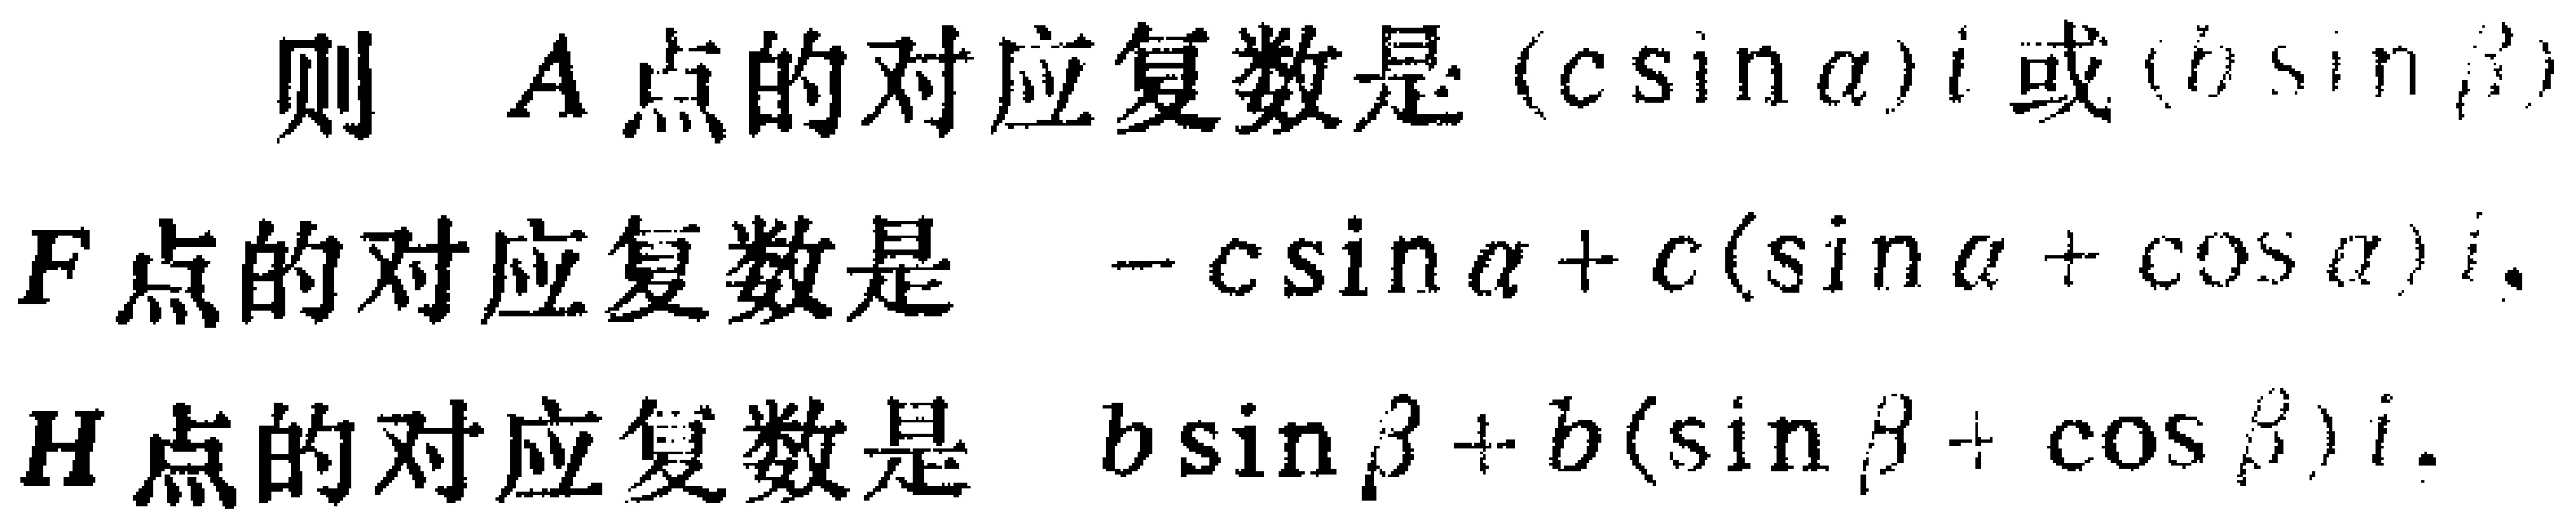
则 \(A\) 点的对应复数是 \((c\sin\alpha)i\) 或 \((b\sin\beta)\)
\(F\) 点的对应复数是 \(-c\sin\alpha + c(\sin\alpha+\cos\alpha)i\).
\(H\) 点的对应复数是 \(b\sin\beta + b(\sin\beta+\cos\beta)i\).